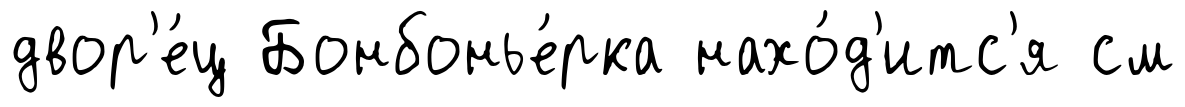
двор'е́ц Бонбонье́рка нахо́д'итс'я см